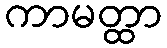
ကာမတ္ထာ